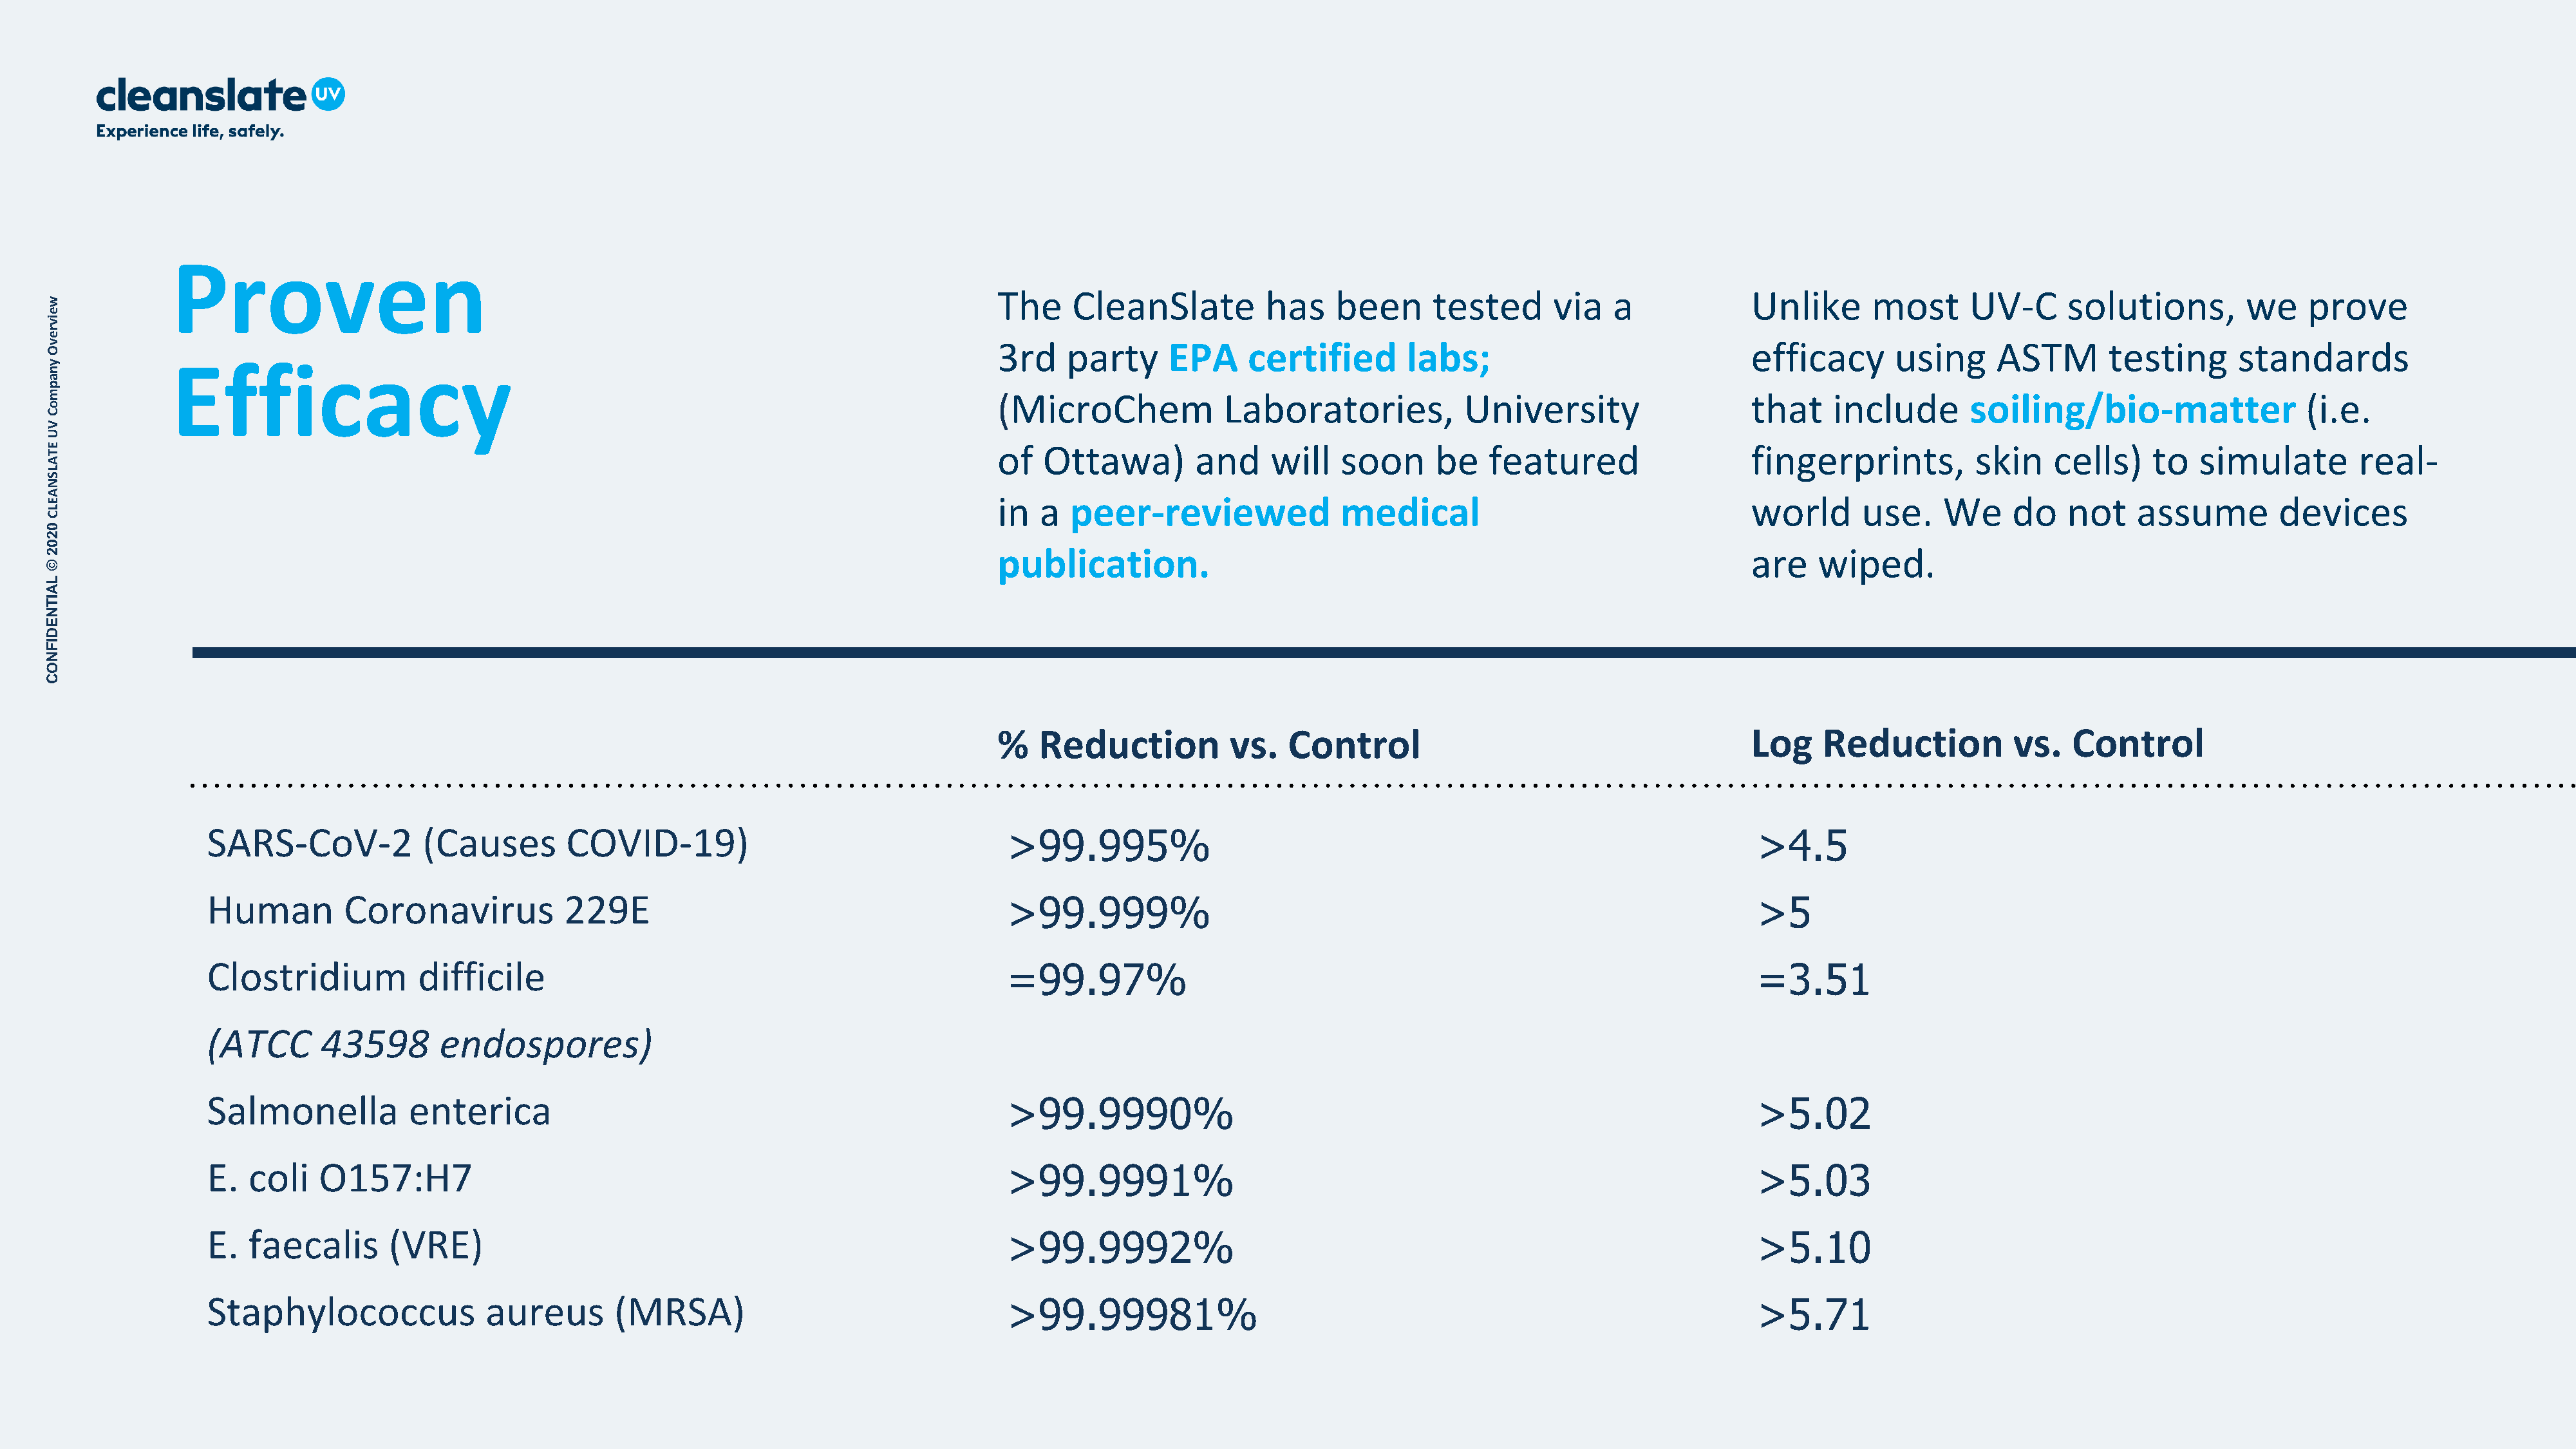
Proven
 The    CleanSlate          has    been      tested       via   a             Unlike      most      UV-C       solutions,        we    prove
 w
 e
 iv
 r
 e
 v                                                                                                 3rd    party     EPA     certified        labs;                              efficacy       using     ASTM        testing      standards
 O
 y            Efficacy
 n
 a
 p
 m                                                                                                 (MicroChem             Laboratories,           University                    that    include       soiling/bio-matter                 (i.e.
 o
 C
 V
 U
 E                                                                                                 of  Ottawa)         and     will   soon      be   featured                   fingerprints,          skin    cells)    to   simulate        real-
 T
 A
 L
 S
 N
 A
 E                                                                                                 in  a  peer-reviewed               medical                                   world      use.     We     do    not    assume        devices
 L
 C
 0
 2
 0
 2                                                                                                 publication.                                                                 are    wiped.
 ©
 L
 A
 IT
 N
 E
 D
 I
 F
 N
 O
 C
 %   Reduction          vs.   Control                                         Log    Reduction           vs.   Control
 SARS-CoV-2            (Causes        COVID-19)                                     >99.995%                                                                     >4.5
 Human         Coronavirus            229E                                          >99.999%                                                                     >5
 Clostridium           difficile                                                    =99.97%                                                                      =3.51
 (ATCC       43598       endospores)
 Salmonella           enterica                                                      >99.9990%                                                                    >5.02
 E.   coli   O157:H7                                                                >99.9991%                                                                    >5.03
 E.   faecalis      (VRE)                                                           >99.9992%                                                                    >5.10
 Staphylococcus               aureus       (MRSA)                                   >99.99981%                                                                   >5.71